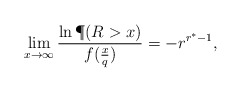
\begin{align*}\lim_{x\to\infty}\frac{\ln \P(R>x)}{f(\frac x{q})}=-r^{r^\ast-1},\end{align*}